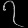
Digit: ၇